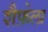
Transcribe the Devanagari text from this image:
शैफ़ेला